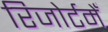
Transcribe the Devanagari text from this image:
रिजोर्टमेँ